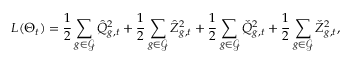
L ( \boldsymbol { \Theta } _ { t } ) = \frac { 1 } { 2 } \sum _ { g \in { \mathcal { G } } } \hat { Q } _ { g , t } ^ { 2 } + \frac { 1 } { 2 } \sum _ { g \in { \mathcal { G } } } \hat { Z } _ { g , t } ^ { 2 } + \frac { 1 } { 2 } \sum _ { g \in { \mathcal { G } } } \check { Q } _ { g , t } ^ { 2 } + \frac { 1 } { 2 } \sum _ { g \in { \mathcal { G } } } \check { Z } _ { g , t } ^ { 2 } ,